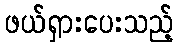
ဖယ်ရှားပေးသည့်